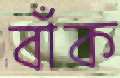
বাঁক